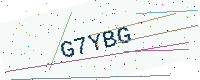
Text: G7YBG